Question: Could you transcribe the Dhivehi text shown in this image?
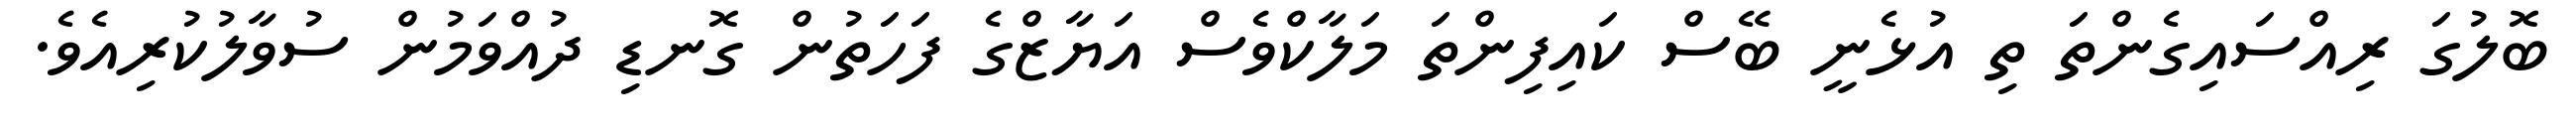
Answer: ބޮލުގަ ރިއްސައިގެންތަ ތި އުޅެނީ ބޭސް ކައިފިންތަ މަލާކްވެސް އަޔާޒްގެ ފަހަތުން ގޮނޑި ދުއްވަމުން ސުވާލުކުރިއެވެ.